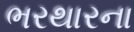
ભરથારના